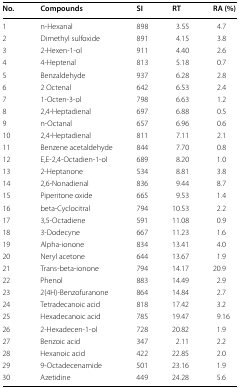
<table><thead><tr><td><b>No.</b></td><td><b>Compounds</b></td><td><b>SI</b></td><td><b>RT</b></td><td><b>RA (%)</b></td></tr></thead><tbody><tr><td>1</td><td>n-Hexanal</td><td>898</td><td>3.55</td><td>4.7</td></tr><tr><td>2</td><td>Dimethyl sulfoxide</td><td>891</td><td>4.15</td><td>3.8</td></tr><tr><td>3</td><td>2-Hexen-1-ol</td><td>911</td><td>4.40</td><td>2.6</td></tr><tr><td>4</td><td>4-Heptenal</td><td>813</td><td>5.18</td><td>0.7</td></tr><tr><td>5</td><td>Benzaldehyde</td><td>937</td><td>6.28</td><td>2.8</td></tr><tr><td>6</td><td>2 Octenal</td><td>642</td><td>6.53</td><td>2.4</td></tr><tr><td>7</td><td>1-Octen-3-ol</td><td>798</td><td>6.63</td><td>1.2</td></tr><tr><td>8</td><td>2,4-Heptadienal</td><td>697</td><td>6.88</td><td>0.5</td></tr><tr><td>9</td><td>n-Octanal</td><td>657</td><td>6.96</td><td>0.6</td></tr><tr><td>10</td><td>2,4-Heptadienal</td><td>811</td><td>7.11</td><td>2.1</td></tr><tr><td>11</td><td>Benzene acetaldehyde</td><td>844</td><td>7.70</td><td>0.8</td></tr><tr><td>12</td><td>E,E-2,4-Octadien-1-ol</td><td>689</td><td>8.20</td><td>1.0</td></tr><tr><td>13</td><td>2-Heptanone</td><td>534</td><td>8.81</td><td>3.8</td></tr><tr><td>14</td><td>2,6-Nonadienal</td><td>836</td><td>9.44</td><td>8.7</td></tr><tr><td>15</td><td>Piperitone oxide</td><td>665</td><td>9.53</td><td>1.4</td></tr><tr><td>16</td><td>beta-Cyclocitral</td><td>794</td><td>10.53</td><td>2.2</td></tr><tr><td>17</td><td>3,5-Octadiene</td><td>591</td><td>11.08</td><td>0.9</td></tr><tr><td>18</td><td>3-Dodecyne</td><td>667</td><td>11.23</td><td>1.6</td></tr><tr><td>19</td><td>Alpha-ionone</td><td>834</td><td>13.41</td><td>4.0</td></tr><tr><td>20</td><td>Neryl acetone</td><td>644</td><td>13.67</td><td>1.9</td></tr><tr><td>21</td><td>Trans-beta-ionone</td><td>794</td><td>14.17</td><td>20.9</td></tr><tr><td>22</td><td>Phenol</td><td>883</td><td>14.49</td><td>2.9</td></tr><tr><td>23</td><td>2(4H)-Benzofuranone</td><td>864</td><td>14.84</td><td>2.7</td></tr><tr><td>24</td><td>Tetradecanoic acid</td><td>818</td><td>17.42</td><td>3.2</td></tr><tr><td>25</td><td>Hexadecanoic acid</td><td>785</td><td>19.47</td><td>9.16</td></tr><tr><td>26</td><td>2-Hexadecen-1-ol</td><td>728</td><td>20.82</td><td>1.9</td></tr><tr><td>27</td><td>Benzoic acid</td><td>347</td><td>2.11</td><td>2.2</td></tr><tr><td>28</td><td>Hexanoic acid</td><td>422</td><td>22.85</td><td>2.0</td></tr><tr><td>29</td><td>9-Octadecenamide</td><td>501</td><td>23.16</td><td>1.9</td></tr><tr><td>30</td><td>Azetidine</td><td>449</td><td>24.28</td><td>5.6</td></tr></tbody></table>